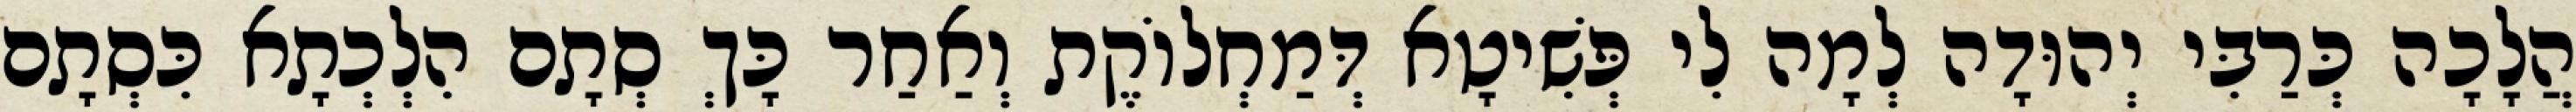
הֲלָכָה כְּרַבִּי יְהוּדָה לְמָה לִי פְּשִׁיטָא דְּמַחְלוֹקֶת וְאַחַר כָּךְ סְתָם הִלְכְתָא כִּסְתָם